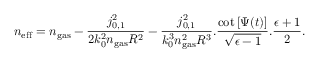
n _ { \mathrm { e f f } } = n _ { \mathrm { g a s } } - \frac { j _ { 0 , 1 } ^ { 2 } } { 2 k _ { 0 } ^ { 2 } n _ { \mathrm { g a s } } R ^ { 2 } } - \frac { j _ { 0 , 1 } ^ { 2 } } { k _ { 0 } ^ { 3 } n _ { \mathrm { g a s } } ^ { 2 } R ^ { 3 } } . \frac { \mathrm { c o t } \left[ \Psi ( t ) \right] } { \sqrt { \epsilon - 1 } } . \frac { \epsilon + 1 } { 2 } .